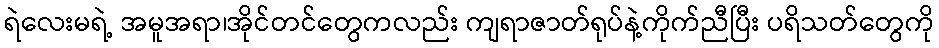
ရဲလေးမရဲ့ အမူအရာ၊အိုင်တင်တွေကလည်း ကျရာဇာတ်ရုပ်နဲ့ကိုက်ညီပြီး ပရိသတ်တွေကို